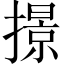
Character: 撔